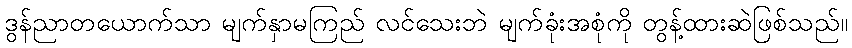
ဒွန်ညာတယောက်သာ မျက်နှာမကြည် လင်သေးဘဲ မျက်ခုံးအစုံကို တွန့်ထားဆဲဖြစ်သည်။